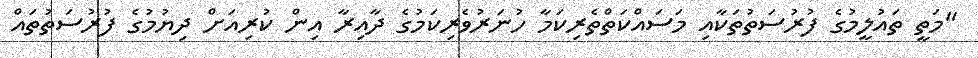
"މަތީ ތައުލީމުގެ ފުރުސަތުތަކާއި މަސައްކަތްތެރިކަމާ ހުނަރުވެރިކަމުގެ ދާއިރާ އިން ކުރިއަށް ދިޔުމުގެ ފުރުސަތުތައް